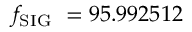
f _ { \mathrm { { S I G } } } ~ = 9 5 . 9 9 2 5 1 2